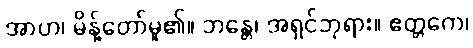
အာဟ၊ မိန့်တော်မူ၏။ ဘန္တေ၊ အရှင်ဘုရား။ ဧတ္တကေ၊